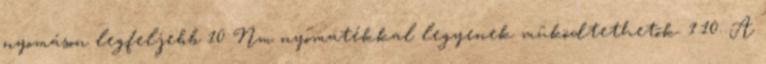
nyomáson legfeljebb 10 Nm nyomatékkal legyenek mûködtethetõk. 1.10. A